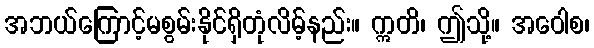
အဘယ်ကြောင့်မစွမ်းနိုင်ရှိတုံလိမ့်နည်း။ ဣတိ၊ ဤသို့။ အဝေါစ၊